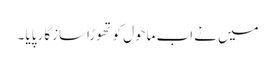
میں نے اب ماحول کو تھوڑاسازگار پایا ۔